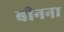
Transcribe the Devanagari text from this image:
बीनना